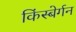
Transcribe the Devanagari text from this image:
किंस्बेर्गन